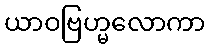
ယာဝဗြဟ္မလောကာ